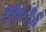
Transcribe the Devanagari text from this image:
११०९६